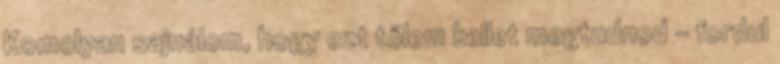
Komolyan sajnálom, hogy ezt tőlem kellet megtudnod - fordul